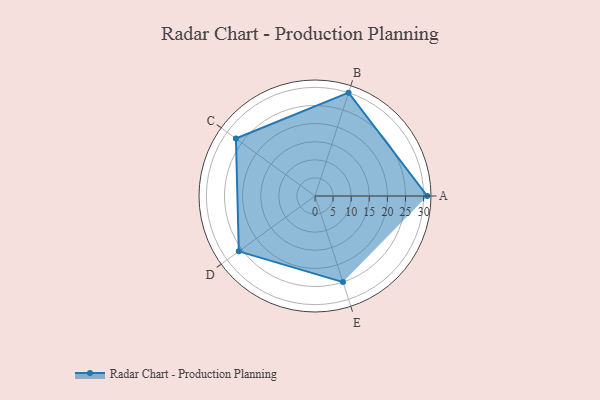
{"axis": {"x": "Skill", "y": "Score"}, "legend": ["Profile"], "data": [{"x": "A", "y": 31.0, "type": "Profile"}, {"x": "B", "y": 30.0, "type": "Profile"}, {"x": "C", "y": 27.0, "type": "Profile"}, {"x": "D", "y": 26.0, "type": "Profile"}, {"x": "E", "y": 25.0, "type": "Profile"}]}